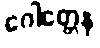
ဂေါတ္တေန